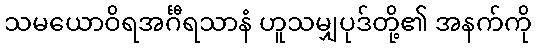
သမယောဝိရအင်္ဂီရသာနံ ဟူသမျှပုဒ်တို့၏ အနက်ကို